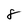
Character: 8